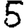
Digit: 5